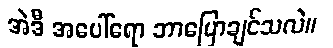
အဲဒီ အပေါ်ရော ဘာပြောချင်သလဲ။